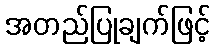
အတည်ပြုချက်ဖြင့်